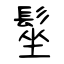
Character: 髽